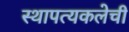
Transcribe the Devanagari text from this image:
स्थापत्यकलेची